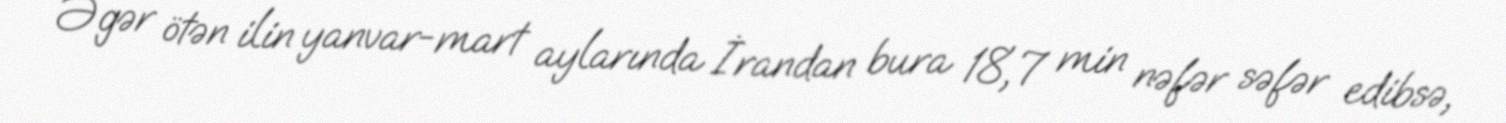
Əgər ötən ilin yanvar-mart aylarında İrandan bura 18,7 min nəfər səfər edibsə,